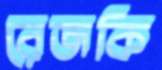
রেজকি